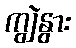
ကျွဲနွား